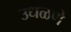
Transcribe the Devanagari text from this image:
उधळणे